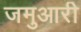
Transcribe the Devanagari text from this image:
जमुआरी